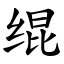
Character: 绲